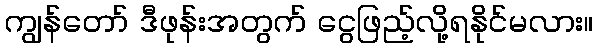
ကျွန်တော် ဒီဖုန်းအတွက် ငွေဖြည့်လို့ရနိုင်မလား။